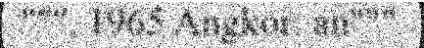
""", 1965 Angkor: an"""